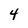
Character: 4